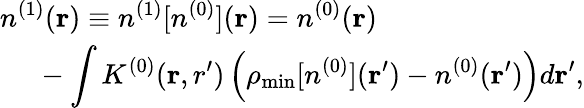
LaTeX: \begin{array}{l}{{\displaystyle n^{(1)}({\mathbf r})\equiv n^{(1)}[n^{(0)}]({\mathbf r})=n^{(0)}({\mathbf r})}\ ~}\\ {{\displaystyle~~~~~-\int K^{(0)}({\mathbf r,r^{\prime}})\left(\rho_{\mathrm{min}}[n^{(0)}]({\mathbf r^{\prime}})-n^{(0)}({\mathbf r^{\prime}})\right)d{\mathbf r^{\prime}}},}\end{array}